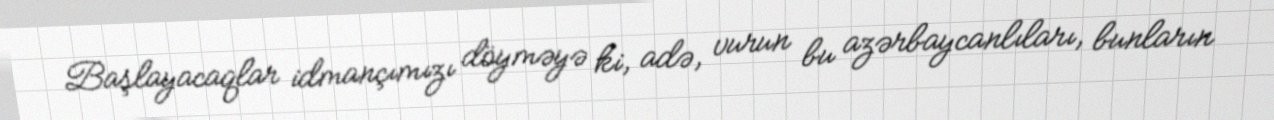
Başlayacaqlar idmançımızı döyməyə ki, adə, vurun bu azərbaycanlıları, bunların